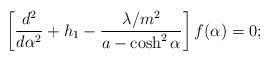
LaTeX: \begin{align*}\left[\frac{d^2}{d\alpha^2}+h_1-\frac{\lambda/m^2}{a-\cosh^2\alpha} \right]f(\alpha)=0; \end{align*}